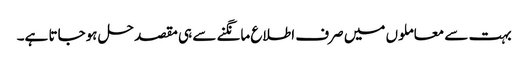
بہت سے معاملوں میں صرف اطلاع مانگنے سے ہی مقصد حل ہوجاتا ہے۔